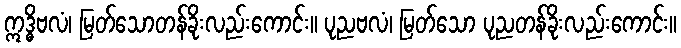
ဣဒ္ဓိဗလံ၊ မြတ်သောတန်ခိုးလည်းကောင်း။ ပုညဗလံ၊ မြတ်သော ပုညတန်ခိုးလည်းကောင်း။